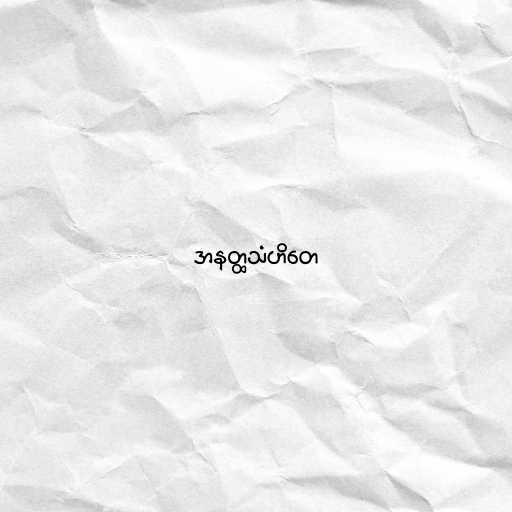
အနတ္ထသံဟိတေ